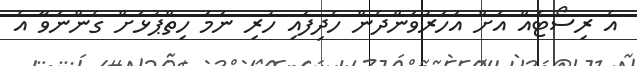
އެ ރިސޯޓެއް އަށް އަހަރުވަންދެން ހެދިފައި ހުރި ނަމަ ހިތްޕުޅަށް ގެންނަވާ އެ